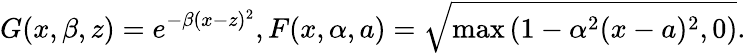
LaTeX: G(x,\beta,z)=e^{-\beta(x-z)^{2}},F(x,\alpha,a)=\sqrt{\operatorname*{max}\left(1-\alpha^{2}(x-a)^{2},0\right)}.